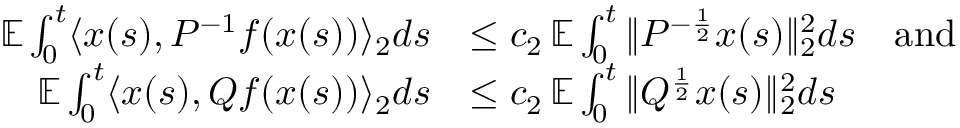
\begin{array} { r l } { \mathbb E \int _ { 0 } ^ { t } \langle x ( s ) , P ^ { - 1 } f ( x ( s ) ) \rangle _ { 2 } d s } & { \leq c _ { 2 } \, \mathbb E \int _ { 0 } ^ { t } \| P ^ { - \frac { 1 } { 2 } } x ( s ) \| _ { 2 } ^ { 2 } d s \quad \mathrm { a n d } } \\ { \mathbb E \int _ { 0 } ^ { t } \langle x ( s ) , Q f ( x ( s ) ) \rangle _ { 2 } d s } & { \leq c _ { 2 } \, \mathbb E \int _ { 0 } ^ { t } \| Q ^ { \frac { 1 } { 2 } } x ( s ) \| _ { 2 } ^ { 2 } d s } \end{array}